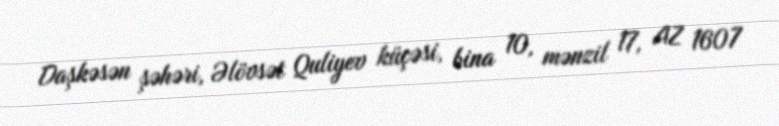
Daşkəsən şəhəri, Əlövsət Quliyev küçəsi, bina 10, mənzil 17, AZ 1607